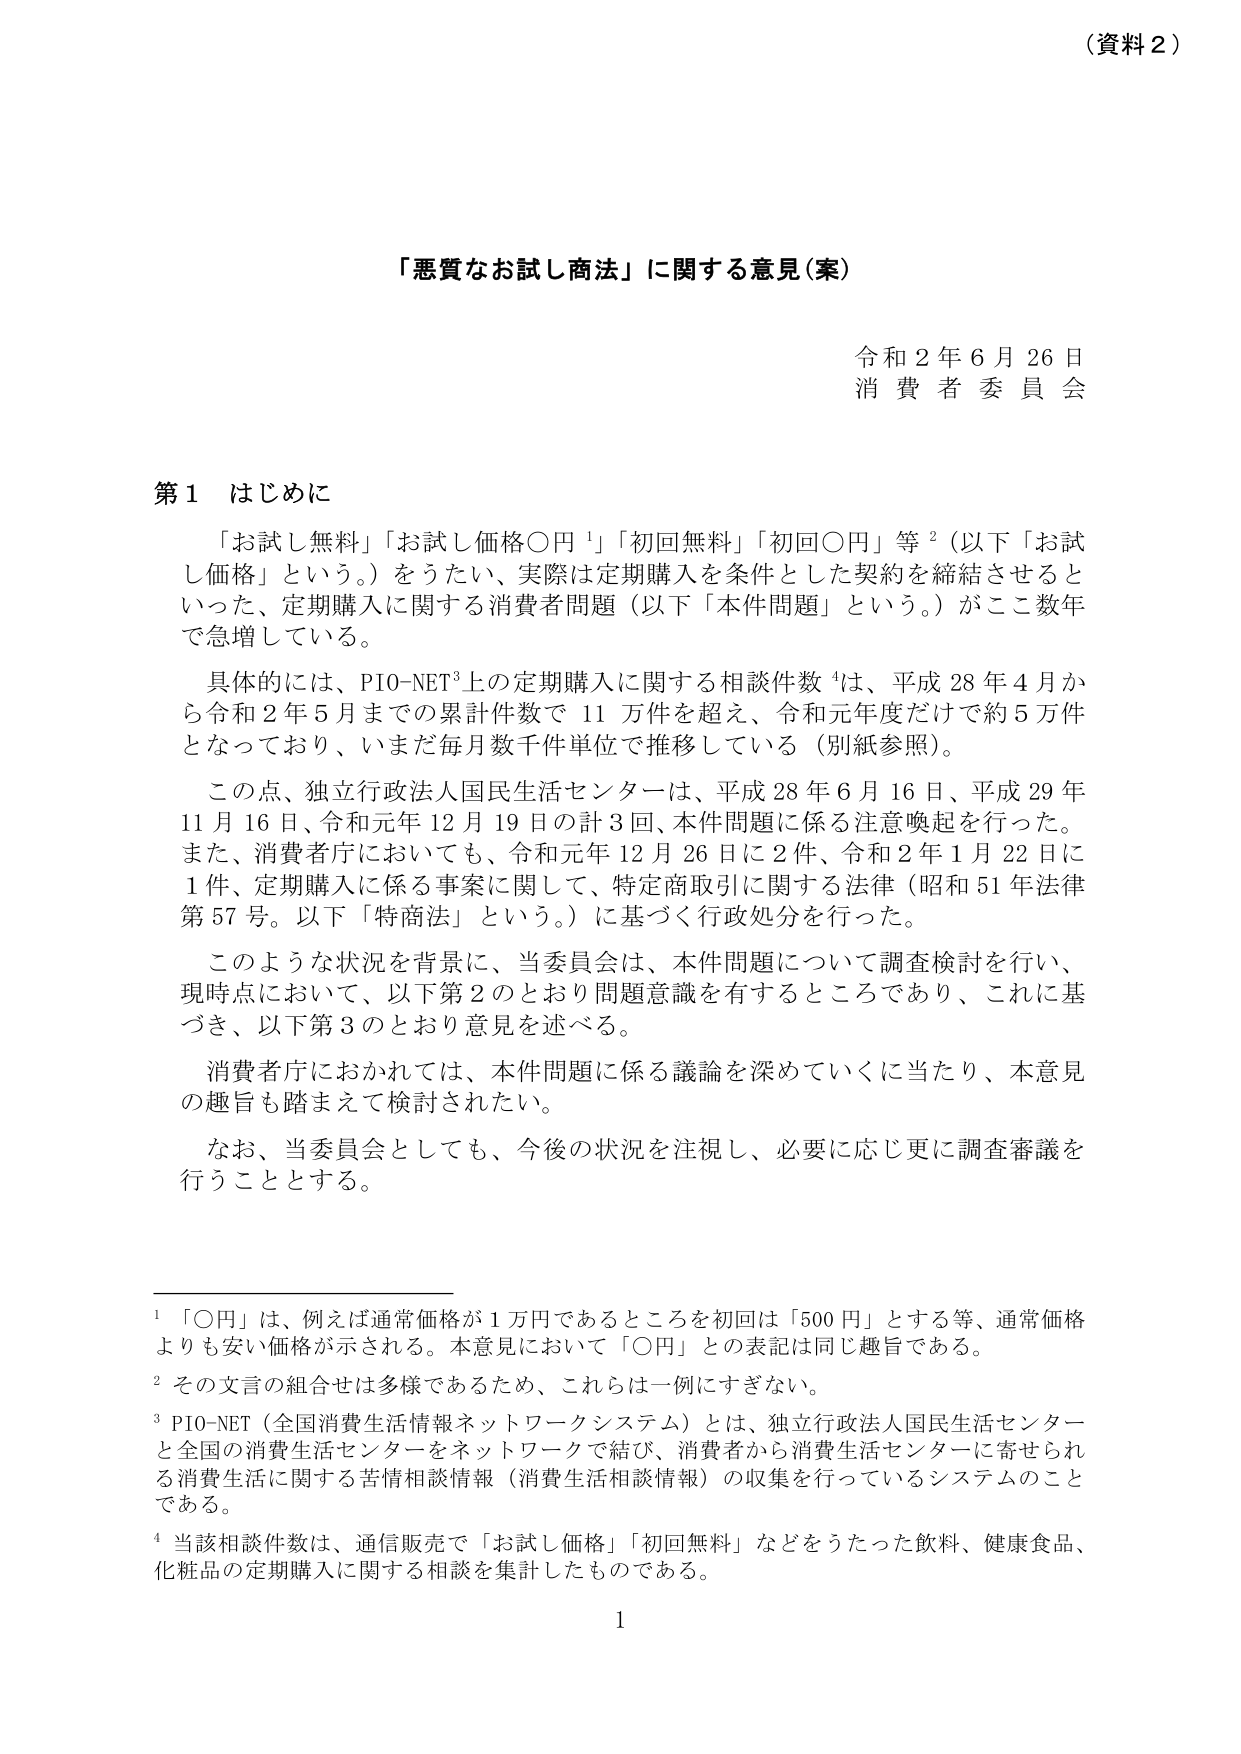
（資料２）

「悪質なお試し商法」に関する意見（案）

令和２年６月２６日
消費者委員会

第１ はじめに

「お試し無料」「お試し価格〇円」「初回無料」「初回〇円」等²（以下「お試し価格」という。）をうたい、実際は定期購入を条件とした契約を締結させるといった、定期購入に関する消費者問題（以下「本件問題」という。）がここ数年で急増している。

具体的には、PIO-NET³上の定期購入に関する相談件数⁴は、平成28年4月から令和2年5月までの累計件数で11万件を超え、令和元年度だけで約5万件となっており、いまだ毎月数千件単位で推移している（別紙参照）。

この点、独立行政法人国民生活センターは、平成28年6月16日、平成29年11月16日、令和元年12月19日の計3回、本件問題に係る注意喚起を行った。また、消費者庁においても、令和元年12月26日に2件、令和2年1月22日に1件、定期購入に係る事案に関して、特定商取引に関する法律（昭和51年法律第57号。以下「特商法」という。）に基づく行政処分を行った。

このような状況を背景に、当委員会は、本件問題について調査検討を行い、現時点において、以下第2のとおり問題意識を有するところであり、これに基づき、以下第3のとおり意見を述べる。

消費者庁におかれては、本件問題に係る議論を深めていくに当たり、本意見の趣旨も踏まえて検討されたい。

なお、当委員会としても、今後の状況を注視し、必要に応じ更に調査審議を行うこととする。

¹ 「〇円」は、例えば通常価格が1万円であるところを初回は「500円」とする等、通常価格よりも安い価格が示される。本意見において「〇円」との表記は同じ趣旨である。

² その文言の組合せは多様であるため、これらは一例にすぎない。

³ PIO-NET（全国消費生活情報ネットワークシステム）とは、独立行政法人国民生活センターと全国の消費生活センターをネットワークで結び、消費者から消費生活センターに寄せられる消費生活に関する苦情相談情報（消費生活相談情報）の収集を行っているシステムのことである。

⁴ 当該相談件数は、通信販売で「お試し価格」「初回無料」などをうたった飲料、健康食品、化粧品の定期購入に関する相談を集計したものである。

1